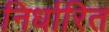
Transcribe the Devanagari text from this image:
निर्धारित